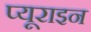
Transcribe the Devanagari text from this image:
प्यूराइन